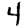
Digit: 4